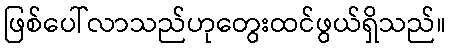
ဖြစ်ပေါ်လာသည်ဟုတွေးထင်ဖွယ်ရှိသည်။